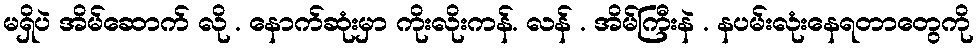
မရှိပဲ အိမ်ဆောက် လို . နောက်ဆုံးမှာ ကိုးလိုးကန်. လန် . အိမ်ကြီးနဲ . နပမ်းလုံးနေရတာတွေကို